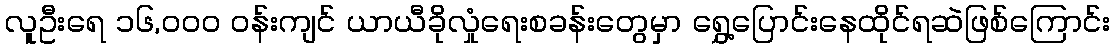
လူဦးရေ ၁၆,၀၀၀ ဝန်းကျင် ယာယီခိုလှုံရေးစခန်းတွေမှာ ရွှေ့ပြောင်းနေထိုင်ရဆဲဖြစ်ကြောင်း